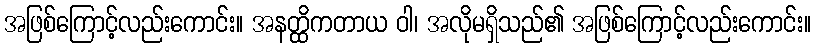
အဖြစ်ကြောင့်လည်းကောင်း။ အနတ္ထိကတာယ ဝါ၊ အလိုမရှိသည်၏ အဖြစ်ကြောင့်လည်းကောင်း။